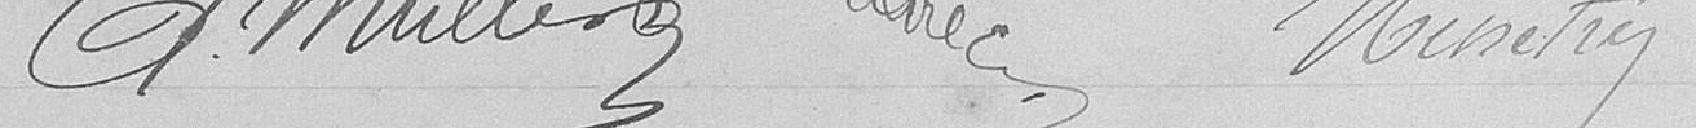
Muller